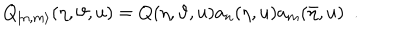
Q _ { | n , m \rangle } ( \eta , \vartheta , u ) = Q ( \eta , \vartheta , u ) a _ { n } ( \eta , u ) a _ { m } ( \bar { \eta } , u ) \, \, \, .